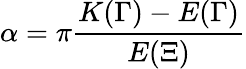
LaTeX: \alpha=\pi\frac{K(\Gamma)-E(\Gamma)}{E(\Xi)}